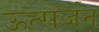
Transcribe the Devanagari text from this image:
ऊत्सर्जन